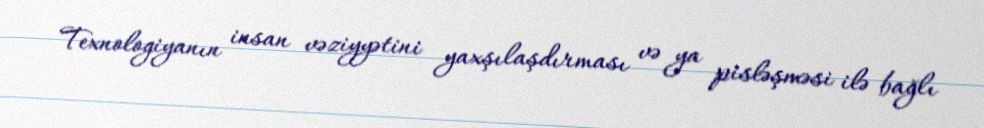
Texnologiyanın insan vəziyyətini yaxşılaşdırması və ya pisləşməsi ilə bağlı